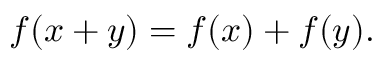
f ( x + y ) = f ( x ) + f ( y ) .